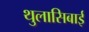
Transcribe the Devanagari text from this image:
थुलासिबाई